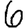
Digit: 6